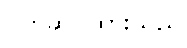
ဝတ်ဆင်ထားသည်